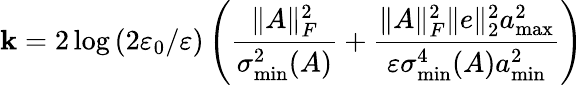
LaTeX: \mathbf{k}=2\log\left(2\varepsilon_{0}/\varepsilon\right)\left(\frac{{\| A\| _{F}^{2}}}{{\sigma_{\operatorname*{min}}^{2}(A)}}+\frac{{\| A\| _{F}^{2}\| e\| _{2}^{2}a_{\operatorname*{max}}^{2}}}{{\varepsilon\sigma_{\operatorname*{min}}^{4}(A)a_{\operatorname*{min}}^{2}}}\right)